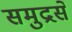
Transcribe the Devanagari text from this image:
समुद्रसे